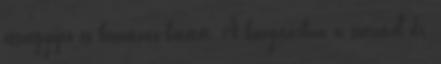
összegyűjtő és bemutató kötetét. A könyvtárban a szerzővel dr.